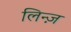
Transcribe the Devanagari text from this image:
लिन्ज़